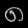
Digit: ၈